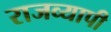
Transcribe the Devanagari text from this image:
राजव्यापी